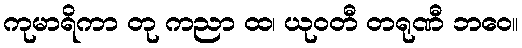
ကုမာရိကာ တု ကညာ ထ၊ ယုဝတီ တရုဏီ ဘဝေ။